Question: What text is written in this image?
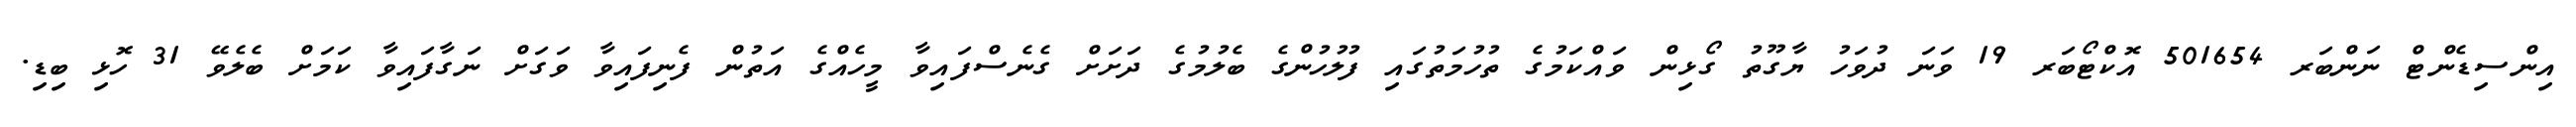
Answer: އިންސިޑެންޓް ނަންބަރ 501654 އޮކްޓޯބަރ 19 ވަނަ ދުވަހު ޔާގޫތު ގޯޅިން ވައްކަމުގެ ތުހުމަތުގައި ފުލުހުންގެ ބެލުމުގެ ދަށަށް ގެނެސްފައިވާ މީހެއްގެ އަތުން ފެނިފައިވާ ވަގަށް ނަގާފައިވާ ކަމަށް ބެލެވޭ 31 ހޮޅި ބިޑި.